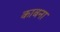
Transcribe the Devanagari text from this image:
काबना